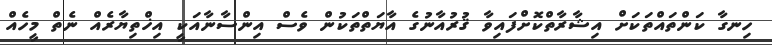
ހިނގާ ކަންތައްތަކަށް އިޝާރާތްކޮށްފައިވާ ޤުރުއާނުގެ އާޔަތްތަކުން ވެސް އިންސާނާއަކީ އިޚްތިޔާރެއް ނެތް މީހެއް